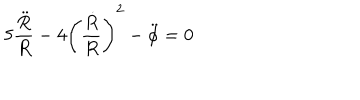
5 \frac { \ddot { R } } { R } - 4 \left( \frac { \dot { R } } { R } \right) ^ { 2 } - \ddot { \phi } = 0